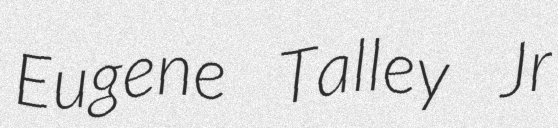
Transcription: Eugene Talley Jr